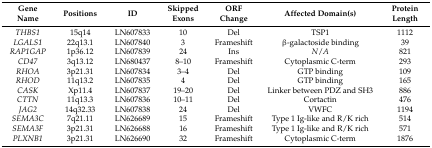
<table><thead><tr><td><b>Gene Name</b></td><td><b>Positions</b></td><td><b>ID</b></td><td><b>Skipped Exons</b></td><td><b>ORF Change</b></td><td><b>Affected Domain(s)</b></td><td><b>Protein Length</b></td></tr></thead><tbody><tr><td><i>THBS1</i></td><td>15q14</td><td>LN607833</td><td>10</td><td>Del</td><td>TSP1</td><td>1112</td></tr><tr><td><i>LGALS1</i></td><td>22q13.1</td><td>LN607840</td><td>3</td><td>Frameshift</td><td>β-galactoside binding</td><td>39</td></tr><tr><td><i>RAP1GAP</i></td><td>1p36.12</td><td>LN607839</td><td>24</td><td>Ins</td><td><i>N</i>/<i>A</i></td><td>821</td></tr><tr><td><i>CD47</i></td><td>3q13.12</td><td>LN680437</td><td>8–10</td><td>Frameshift</td><td>Cytoplasmic C-term</td><td>293</td></tr><tr><td><i>RHOA</i></td><td>3p21.31</td><td>LN607834</td><td>3–4</td><td>Del</td><td>GTP binding</td><td>109</td></tr><tr><td><i>RHOD</i></td><td>11q13.2</td><td>LN607835</td><td>4</td><td>Del</td><td>GTP binding</td><td>165</td></tr><tr><td><i>CASK</i></td><td>Xp11.4</td><td>LN607837</td><td>19–20</td><td>Del</td><td>Linker between PDZ and SH3</td><td>886</td></tr><tr><td><i>CTTN</i></td><td>11q13.3</td><td>LN607836</td><td>10–11</td><td>Del</td><td>Cortactin</td><td>476</td></tr><tr><td><i>JAG2</i></td><td>14q32.33</td><td>LN607838</td><td>24</td><td>Del</td><td>VWFC</td><td>1194</td></tr><tr><td><i>SEMA3C</i></td><td>7q21.11</td><td>LN626689</td><td>15</td><td>Frameshift</td><td>Type 1 Ig-like and R/K rich</td><td>514</td></tr><tr><td><i>SEMA3F</i></td><td>3p21.31</td><td>LN626688</td><td>16</td><td>Frameshift</td><td>Type 1 Ig-like and R/K rich</td><td>571</td></tr><tr><td><i>PLXNB1</i></td><td>3p21.31</td><td>LN626690</td><td>32</td><td>Frameshift</td><td>Cytoplasmic C-term</td><td>1876</td></tr></tbody></table>